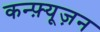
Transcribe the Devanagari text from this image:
कन्फ़्यूज़न